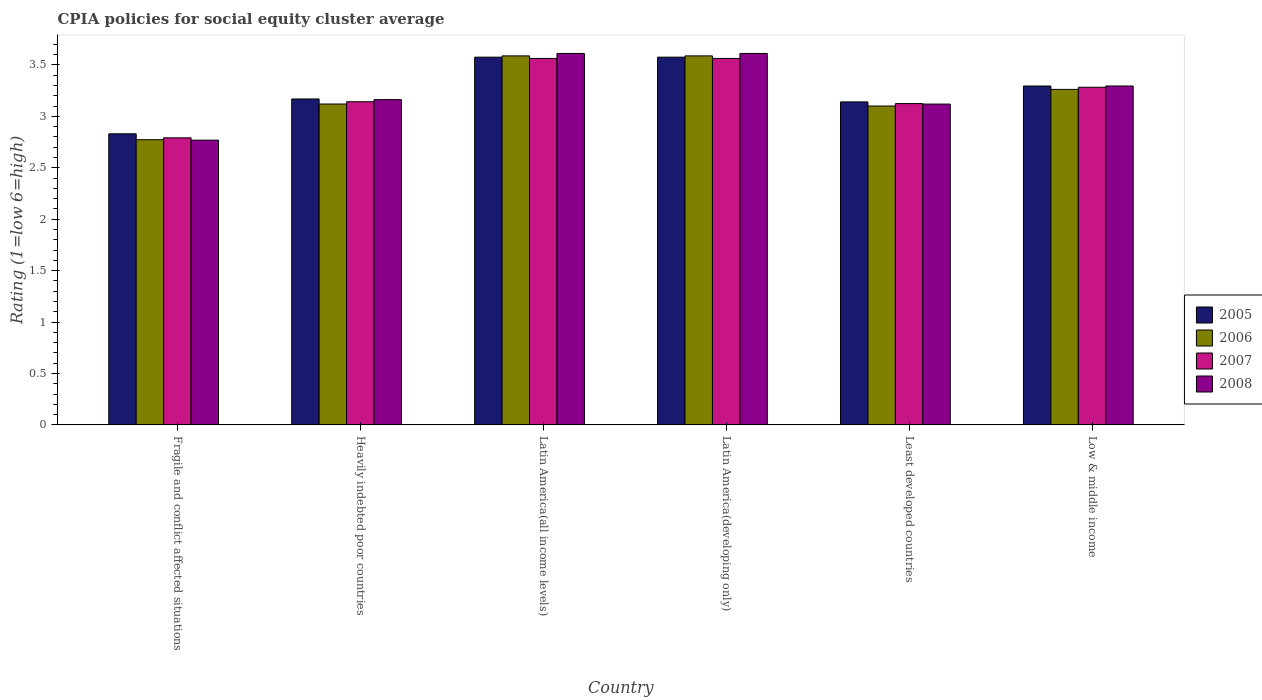
| Country | 2005 | 2006 | 2007 | 2008 |
 | --- | --- | --- | --- | --- |
 | Fragile and conflict affected situations | 2.83 | 2.77 | 2.79 | 2.77 |
 | Heavily indebted poor countries | 3.17 | 3.12 | 3.14 | 3.16 |
 | Latin America(all income levels) | 3.58 | 3.59 | 3.56 | 3.61 |
 | Latin America(developing only) | 3.58 | 3.59 | 3.56 | 3.61 |
 | Least developed countries | 3.14 | 3.1 | 3.12 | 3.12 |
 | Low & middle income | 3.29 | 3.26 | 3.28 | 3.29 |